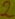
Text: 2